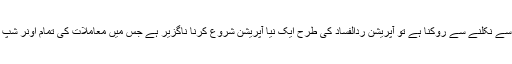
پختون قوم پرستی کے جن کو بوتل سے نکلنے سے روکنا ہے تو آپریشن ردالفساد کی طرح ایک نیا آپریشن شروع کرنا ناگزیر ہے جس میں معاملات کی تمام اونر شپ مقامی لوگوں کو سونپ دی جائے ۔